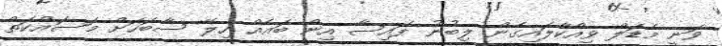
ވަނީ މެޑަލް ވިއްކާލައިގެން ލިބުނު ފައިސާ އިން ބައެއް ހިލޭ ސާބަހަށް މަސައްކަތް